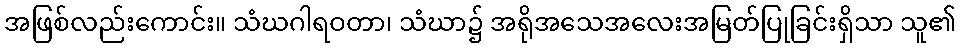
အဖြစ်လည်းကောင်း။ သံဃဂါရဝတာ၊ သံဃာ၌ အရိုအသေအလေးအမြတ်ပြုခြင်းရှိသာ သူ၏